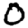
Digit: 0